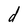
Character: d